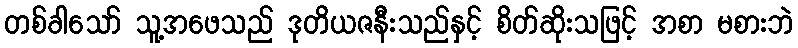
တစ်ခါသော် သူ့အဖေသည် ဒုတိယဇနီးသည်နှင့် စိတ်ဆိုးသဖြင့် အစာ မစားဘဲ